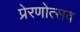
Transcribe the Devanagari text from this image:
प्रेरणोत्सव